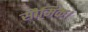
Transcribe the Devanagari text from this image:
सौमिक।